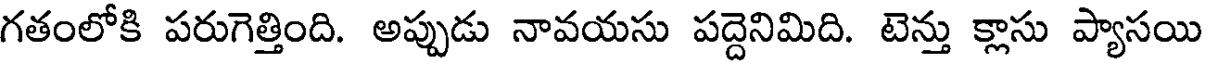
గతంలోకి పరుగెత్తింది. అప్పుడు నావయసు పద్దెనిమిది. టెన్తు క్లాసు ప్యాసయి